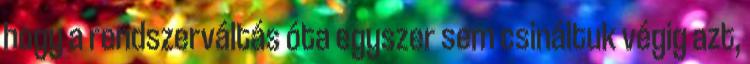
hogy a rendszerváltás óta egyszer sem csináltuk végig azt,